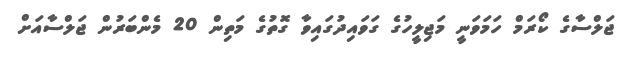
ޖަލްސާގެ ކޯރަމް ހަމަވަނީ މަޖިލީހުގެ ގަވައިދުގައިވާ ގޮތުގެ މަތިން 20 މެންބަރުން ޖަލްސާއަށް